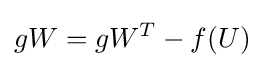
gW=gW^{T}-f(U)